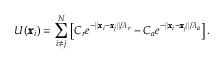
U ( \pmb { x } _ { i } ) = \sum _ { i \neq j } ^ { N } \left[ C _ { r } e ^ { - \| \pmb { x } _ { i } - \pmb { x } _ { j } \| / \lambda _ { r } } - C _ { a } e ^ { - \| \pmb { x } _ { i } - \pmb { x } _ { j } \| / \lambda _ { a } } \right] .